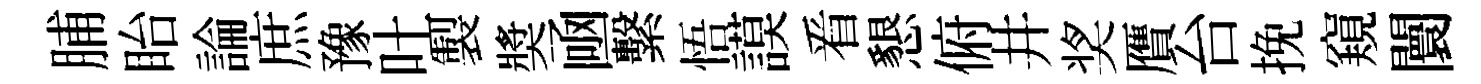
脯眙論庶豫吐製奬凾繫悟謨㸔懇俯井奖贋台挽窺闤